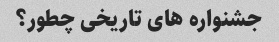
جشنواره های تاریخی چطور؟